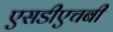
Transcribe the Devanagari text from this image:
एसडीएचबी